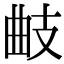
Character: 𢻅